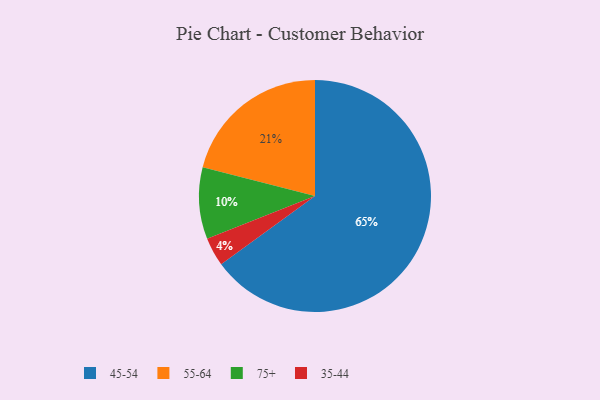
{"axis": {"x": "Category", "y": "Percentage"}, "legend": ["35-44", "45-54", "55-64", "75+"], "data": [{"x": "45-54", "y": 65, "type": "45-54"}, {"x": "75+", "y": 10, "type": "75+"}, {"x": "55-64", "y": 21, "type": "55-64"}, {"x": "35-44", "y": 4, "type": "35-44"}]}